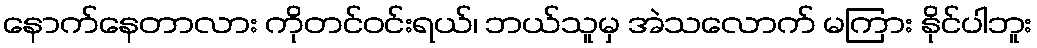
နောက်နေတာလား ကိုတင်ဝင်းရယ်၊ ဘယ်သူမှ အဲသလောက် မကြား နိုင်ပါဘူး